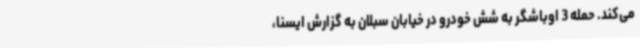
می‌کند. حمله 3 اوباشگر به شش خودرو در خیابان سبلان به گزارش ایسنا،